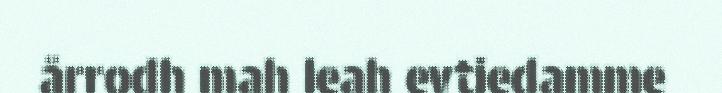
årrodh mah leah evtiedamme